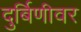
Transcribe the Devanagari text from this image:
दुर्बिणीवर